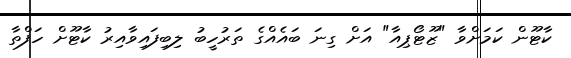
ކާޓޫން ކަމަށްވާ "ޒޫޓޯޕިއާ" އަށް ގިނަ ބައެއްގެ ތަރުހީބު ލިބިފައިވާއިރު ކާޓޫށް ހަފްތާ